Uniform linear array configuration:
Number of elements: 24
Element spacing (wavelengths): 0.75
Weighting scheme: kaiser
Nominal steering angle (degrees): -30
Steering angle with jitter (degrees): -28.428
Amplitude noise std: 0.05
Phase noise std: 0.05

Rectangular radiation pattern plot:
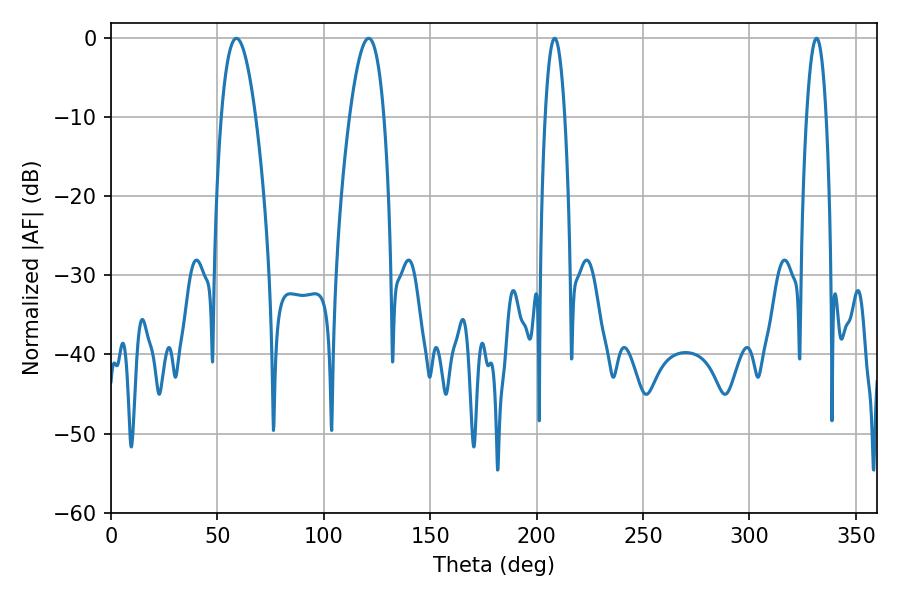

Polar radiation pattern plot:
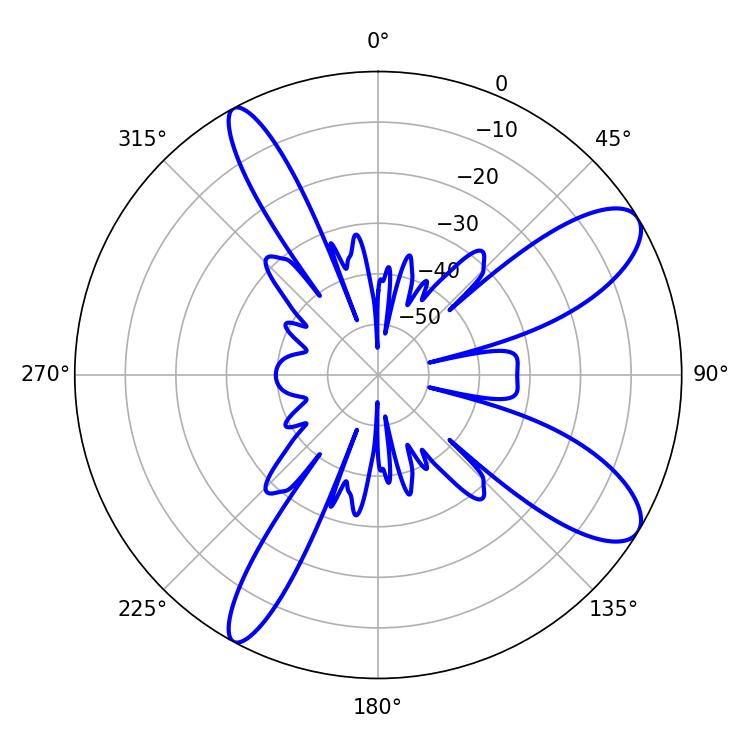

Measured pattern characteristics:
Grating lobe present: TRUE
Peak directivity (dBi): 10.119
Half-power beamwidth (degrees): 5.04
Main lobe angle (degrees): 208.44